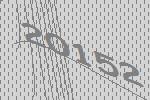
20152